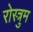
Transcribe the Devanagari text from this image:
रोस्त्रुम